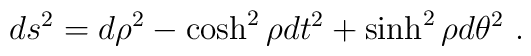
ds^2 = d\rho^2 - \cosh^2 \rho dt^2 + \sinh^2 \rho d\theta^2 ~.